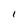
Character: 1